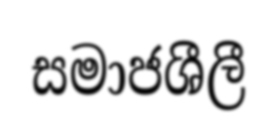
සමාජශීලී